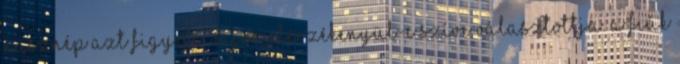
násznép azt figyeli, vajon elérzékenyül-e szíve választottja. A fiúk